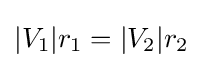
|V_{1}|r_{1}=|V_{2}|r_{2}